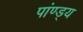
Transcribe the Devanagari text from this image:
पांण्ड्य